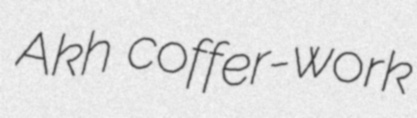
Akh coffer-work